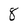
Character: 8